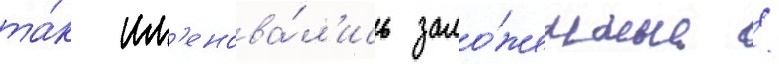
та́к им'енова́л'ись зало́женные /